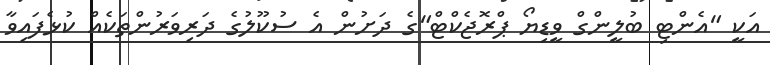
އަކީ "އެންޓި ބުލީންގް ވީޑިޔޯ ޕްރޮޖެކްޓް"ގެ ދަށުން އެ ސުކޫލުގެ ދަރިވަރުންތަކެއް ކުޅެފައިވާ